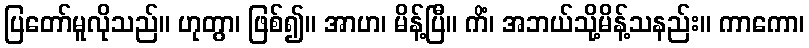
ပြတော်မူလိုသည်။ ဟုတွာ၊ ဖြစ်၍။ အာဟ၊ မိန့်ပြီ။ ကိံ၊ အဘယ်သို့မိန့်သနည်း။ ကာကော၊